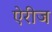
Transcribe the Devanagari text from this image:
ऐरीज